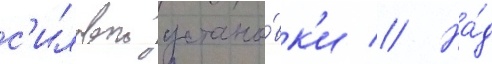
с'иловои устано́вк'и // На́д